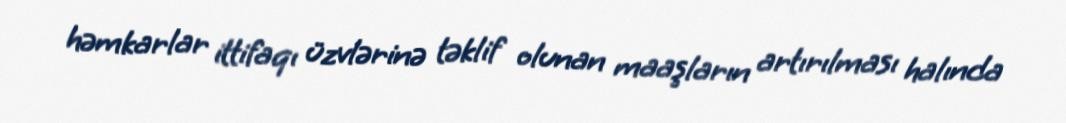
həmkarlar ittifaqı üzvlərinə təklif olunan maaşların artırılması halında